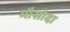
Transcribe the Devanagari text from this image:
मौसोदा